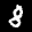
Label: 8